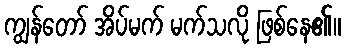
ကျွန်တော် အိပ်မက် မက်သလို ဖြစ်နေ၏။